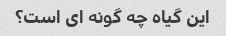
این گیاه چه گونه ای است؟